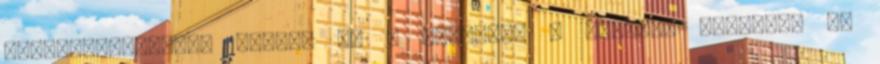
Toulouse-Lautrec világa és a Peugeot. A PEUGEOT mérnökei és